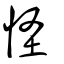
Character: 怪